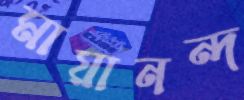
মায়ানন্দ